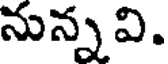
నున్న వి.